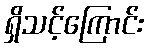
ရှိသင့်ကြောင်း